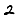
Digit: 2